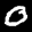
Label: 0